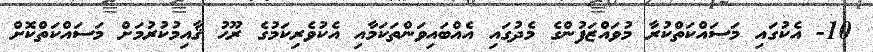
10- އެކުގައި މަސައްކަތްކުރާ މުވައްޒަފުންގެ މެދުގައި އެއްބައިވަންތަކަމާއި އެކުވެރިކަމުގެ ރޫޙު ޤާއިމުކުރުމަށް މަސައްކަތްކޮށް